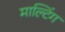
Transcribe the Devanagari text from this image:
माल्टिंग